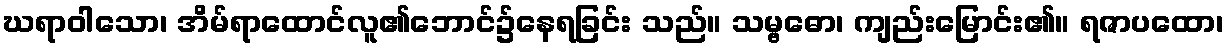
ဃရာဝါသော၊ အိမ်ရာထောင်လူ၏ဘောင်၌နေရခြင်း သည်။ သမ္ဗဓော၊ ကျည်းမြောင်း၏။ ရဇာပထော၊